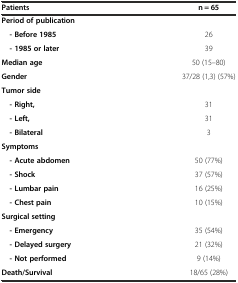
<table><thead><tr><td><b>Patients</b></td><td><b>n = 65</b></td></tr></thead><tbody><tr><td><b>Period of publication</b></td><td></td></tr><tr><td><b> - Before 1985</b></td><td>26</td></tr><tr><td><b> - 1985 or later</b></td><td>39</td></tr><tr><td><b>Median age</b></td><td>50 (15–80)</td></tr><tr><td><b>Gender</b></td><td>37/28 (1,3) (57%)</td></tr><tr><td><b>Tumor side</b></td><td></td></tr><tr><td><b> - Right,</b></td><td>31</td></tr><tr><td><b> - Left,</b></td><td>31</td></tr><tr><td><b> - Bilateral</b></td><td>3</td></tr><tr><td><b>Symptoms</b></td><td></td></tr><tr><td><b> - Acute abdomen</b></td><td>50 (77%)</td></tr><tr><td><b> - Shock</b></td><td>37 (57%)</td></tr><tr><td><b> - Lumbar pain</b></td><td>16 (25%)</td></tr><tr><td><b> - Chest pain</b></td><td>10 (15%)</td></tr><tr><td><b>Surgical setting</b></td><td></td></tr><tr><td><b> - Emergency</b></td><td>35 (54%)</td></tr><tr><td><b> - Delayed surgery</b></td><td>21 (32%)</td></tr><tr><td><b> - Not performed</b></td><td>9 (14%)</td></tr><tr><td><b>Death/Survival</b></td><td>18/65 (28%)</td></tr></tbody></table>